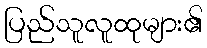
ပြည်သူလူထုများ၏